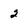
Character: 2